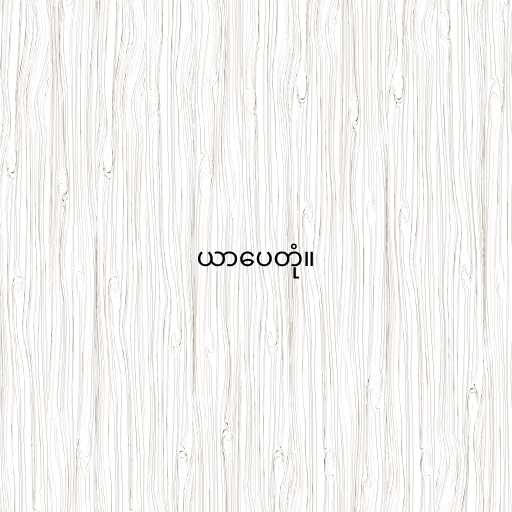
ယာပေတုံ။